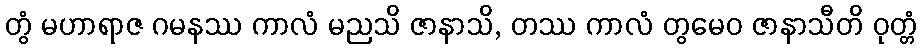
တွံ မဟာရာဇ ဂမနဿ ကာလံ မညသိ ဇာနာသိ, တဿ ကာလံ တွမေဝ ဇာနာသီတိ ဝုတ္တံ